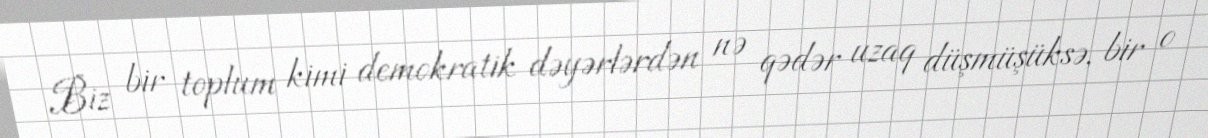
Biz bir toplum kimi demokratik dəyərlərdən nə qədər uzaq düşmüşüksə, bir o